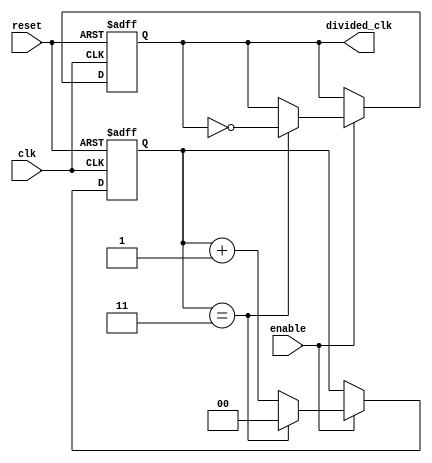
module frequency_divider_counter #(
    parameter DIV_FACTOR = 4 // Set the division factor (can be changed as needed)
)(
    input wire clk,           // Clock input
    input wire reset,         // Reset signal
    input wire enable,        // Enable signal
    output reg divided_clk     // Divided clock output
);

    reg [$clog2(DIV_FACTOR)-1:0] counter; // Counter to track clock cycles

    // Synchronous reset and counting logic
    always @(posedge clk or posedge reset) begin
        if (reset) begin
            counter <= 0;          // Reset counter to 0
            divided_clk <= 0;      // Reset output clock to low
        end else if (enable) begin
            if (counter == DIV_FACTOR - 1) begin
                counter <= 0;      // Reset counter
                divided_clk <= ~divided_clk; // Toggle output clock
            end else begin
                counter <= counter + 1; // Increment counter
            end
        end
    end

endmodule